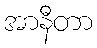
အာနီတာ